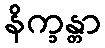
နိက္ခန္တာ